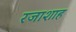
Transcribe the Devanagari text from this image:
रजाशाह